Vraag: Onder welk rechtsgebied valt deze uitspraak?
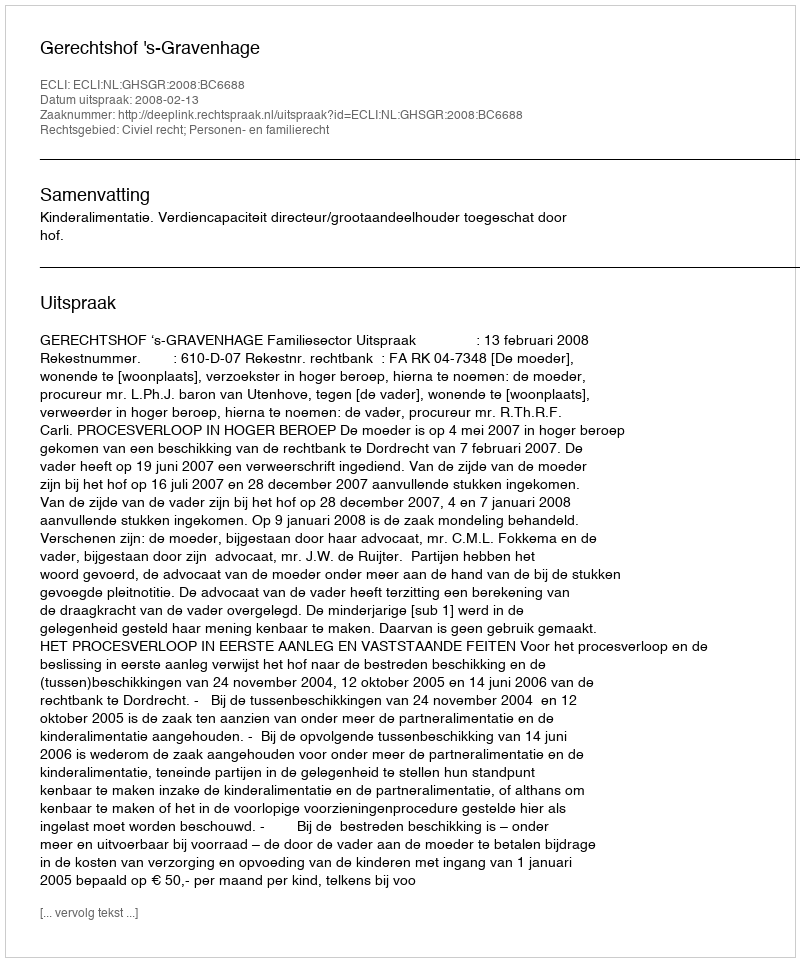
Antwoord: Civiel recht; Personen- en familierecht